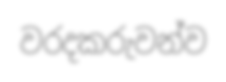
වරදකරුවන්ව